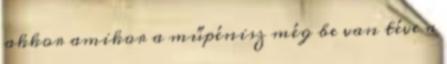
akkor amikor a műpénisz még be van téve a